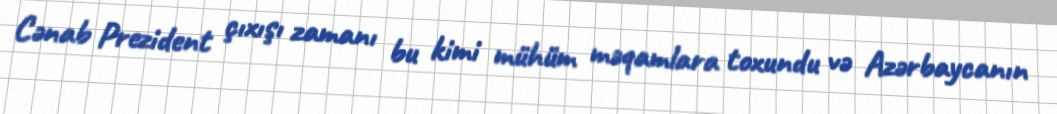
Cənab Prezident çıxışı zamanı bu kimi mühüm məqamlara toxundu və Azərbaycanın